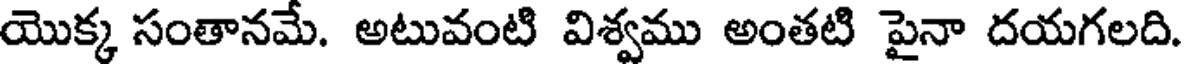
యొక్క సంతానమే. అటువంటి విశ్వము అంతటి పైనా దయగలది.